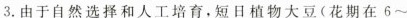
3.由于自然选择和人工培育，短日植物大豆(花期在6～